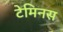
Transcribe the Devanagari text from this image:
टेमिनस